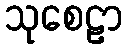
သုစေဠာ